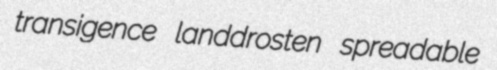
transigence landdrosten spreadable